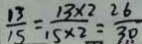
\frac { 1 3 } { 1 5 } = \frac { 1 3 \times 2 } { 1 5 \times 2 } = \frac { 2 6 } { 3 0 }